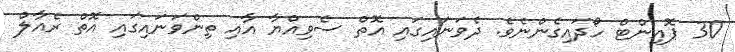
30 ޕޮއިންޓް ހޯދައިގެންނެވެ. ދެވަނައިގައި އޮތް ސެވިއްޔާ އާއި ތިންވަނައިގައި އޮތް ރެއާލް